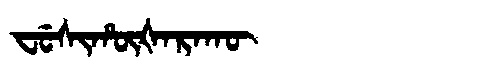
Manchu: ᠸᡠᠰᡳᡥᡡᡧᠠᡵᠠᡴᡡ
Romanization: FUSIHŪŠARAKŪ